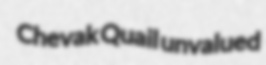
Chevak Quail unvalued